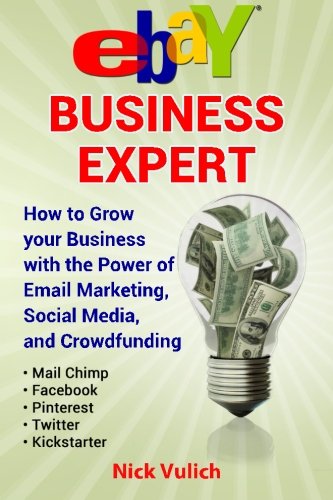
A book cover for eBay Business Expert: How to Grow your Business with the Power of Email Marketing, Social Media, and Crowdfunding with Kickstarter (Volume 3); Nick Vulich; Business & Money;